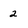
Character: 2